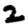
Digit: 2